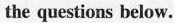
the questions below.